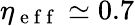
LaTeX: \eta_{\mathrm{~e~f~f~}}\simeq 0.7